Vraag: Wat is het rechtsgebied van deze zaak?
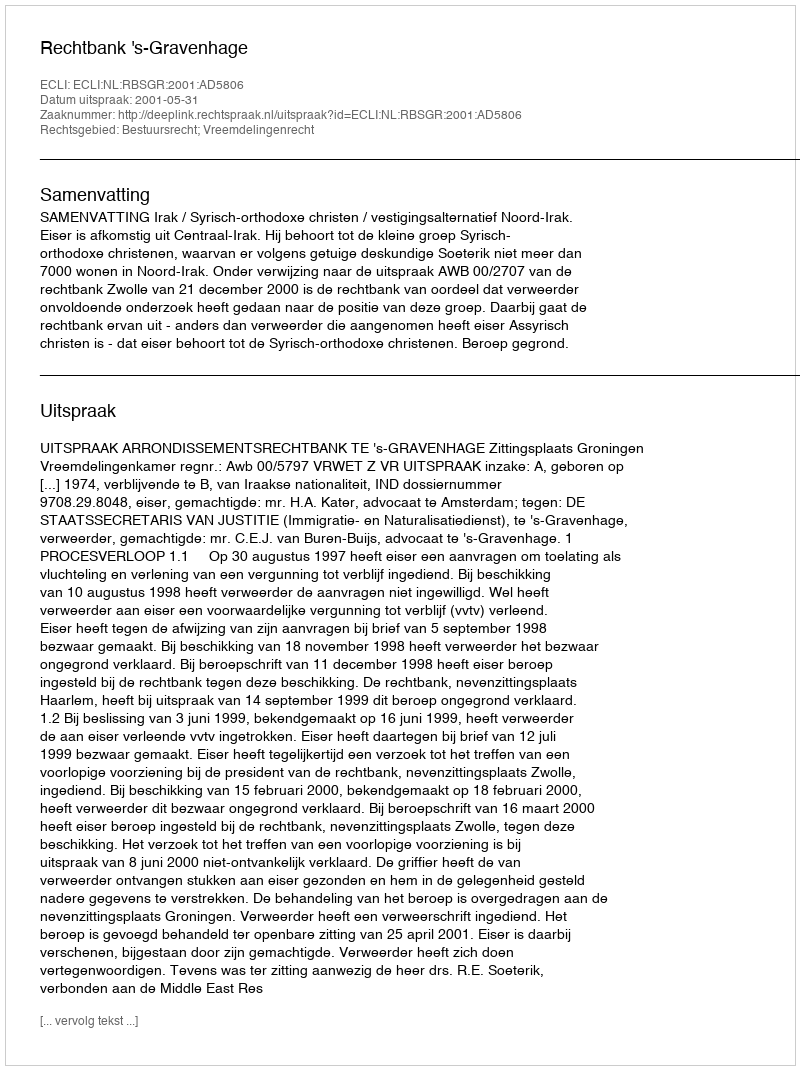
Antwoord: Bestuursrecht; Vreemdelingenrecht